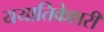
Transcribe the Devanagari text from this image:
ययातिकेशरी